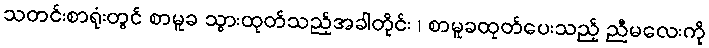
သတင်းစာရုံးတွင် စာမူခ သွားထုတ်သည့်အခါတိုင်း ၊ စာမူခထုတ်ပေးသည့် ညီမလေးကို